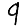
Digit: 9